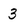
Character: 3